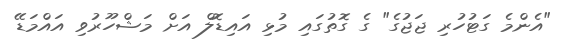
"އެންމެ ގަޓުހުރި ޖަޖުގެ" ގެ ގޮތުގައި މުޅި އައިޑޮލް އަށް މަޝްހޫރުވި އައްމަޑޭ